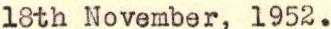
18th November, 1952.